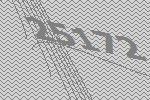
25172